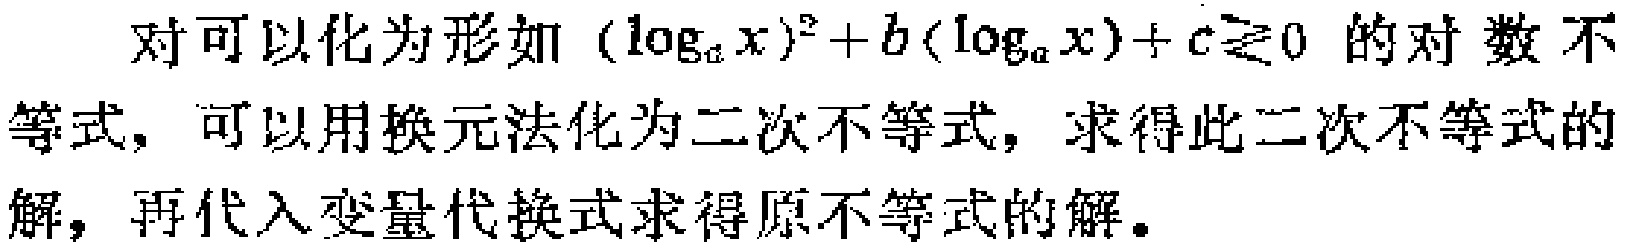
对可以化为形如\((\log_{a}x)^{2}+b(\log_{a}x)+c\gtrless0\) 的对数不等式，可以用换元法化为二次不等式，求得此二次不等式的解，再代入变量代换式求得原不等式的解。